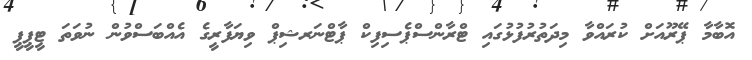
އޮބާމާ ޕޭރޫއަށް ކުރައްވާ މިދަތުރުފުޅުގައި ޓްރާންސްޕެސިފިކް ޕާޓްނަރޝިޕް ވިޔަފާރީގެ އެއްބަސްވުން ނުވަތަ ޓީޕީޕީ